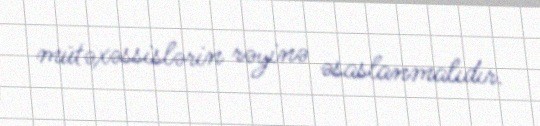
mütəxəssislərin rəyinə əsaslanmalıdır.